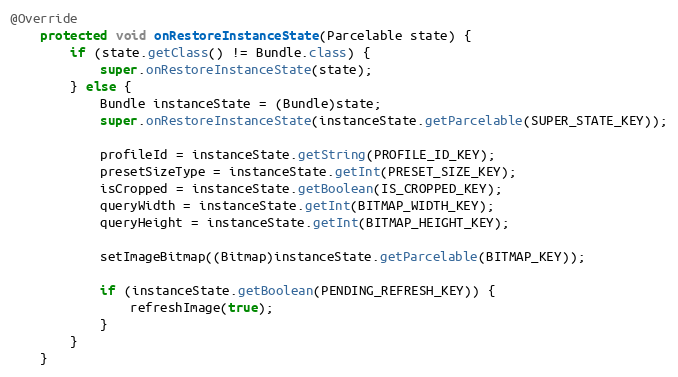
Language: Java
@Override
    protected void onRestoreInstanceState(Parcelable state) {
        if (state.getClass() != Bundle.class) {
            super.onRestoreInstanceState(state);
        } else {
            Bundle instanceState = (Bundle)state;
            super.onRestoreInstanceState(instanceState.getParcelable(SUPER_STATE_KEY));

            profileId = instanceState.getString(PROFILE_ID_KEY);
            presetSizeType = instanceState.getInt(PRESET_SIZE_KEY);
            isCropped = instanceState.getBoolean(IS_CROPPED_KEY);
            queryWidth = instanceState.getInt(BITMAP_WIDTH_KEY);
            queryHeight = instanceState.getInt(BITMAP_HEIGHT_KEY);

            setImageBitmap((Bitmap)instanceState.getParcelable(BITMAP_KEY));

            if (instanceState.getBoolean(PENDING_REFRESH_KEY)) {
                refreshImage(true);
            }
        }
    }